Calcutta medical institutions reports 1879-81 [i.e.91]
Year: 1879
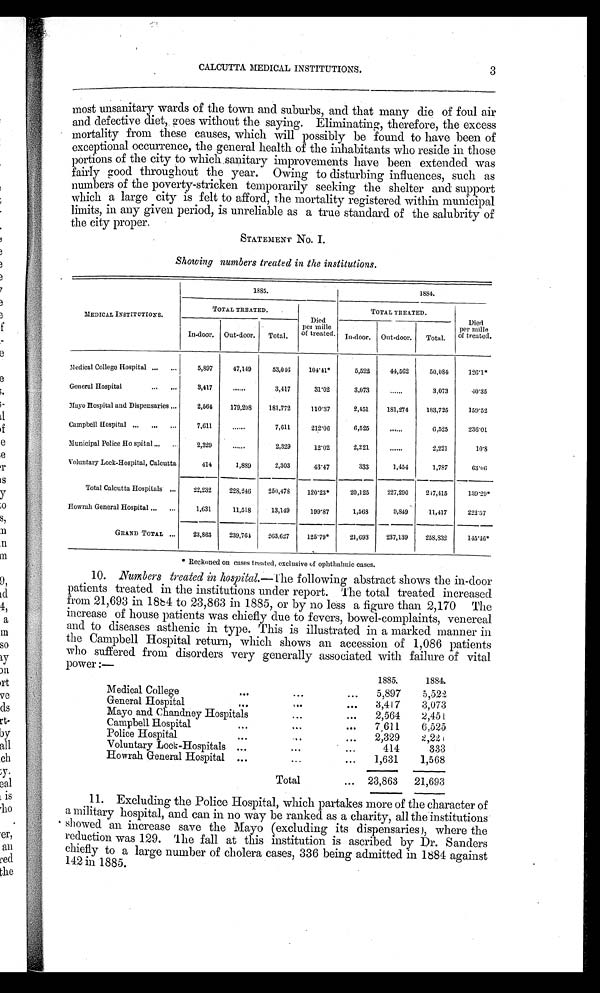
3
CALCUTTA MEDICAL INSTITUTIONS.
most unsanitary wards of the town and suburbs, and that many die of foul air
and defective diet, goes without the saying, Eliminating, therefore, the excess
mortality from these causes, which will possibly be found to have been of
exceptional occurrence, the general health of the inhabitants who reside in those
portions of the city to which sanitary improvements have been extended was
fairly good throughout the year. Owing to disturbing influences, such as
numbers of the poverty-stricken temporarily seeking the shelter and support
which a large city is felt to afford, the mortality registered within municipal
limits, in any given period, is unreliable as a true standard of the salubrity of
the city proper.
STATEMENT No. I.
Showing numbers treated in the institutions.
MEDICAL INSTITUTIONS.
1885.
1884.
TOTAL TREATED.
Died
per mille
of treated.
TOTAL TREATED.
Died
per mille
of treated.
In-door. Out-door.
Total.
In-door.
Out-door.
Total,
Medical College Hospital ...
. . .
5,897
47,149
53,046
104.41*
5,522
44,562
50,085
126.1*
General Hospital
...
...
3,417
......
3,417
31.02
3,073
......
3,073
40.35
Mayo Hospital and Dispensaries ...
2,560
179,208
181,772
110.37
2,451
181,274
183,725
159.52
Campbell Hospital ... ...
. . .
7,611
......
7,611
212.06
6,525
...
6,525
231.01
Municipal Police Hospital ...
2,329
......
2,329
12.02
2,221
......
2,221
10.8
Voluntary Lock-Hospital, Calcutta
414
1,889
2,303
43.47
333
1,454
1,787
63.06
Total Calcutta Hospitals
. . .
22,232
228,246
250,478
120.23*
20,125
227,290
247,415
139.29*
Hoawrah General Hospital ...
...
1,631
11,518
13,149
199.87
1,568
9,849
11,417
222.57
GRAND TOTAL ...
23,863
239,764
263,627
125.79*
21,693
237,139
258,832
145.46*
* Reckoned on cases treated, exclusive of ophthalmic cases.
10.
Numbers treated in hospital. —The following abstract shows the in-door
patients treated in the institutions under report. The total treated increased
from 21,693 in 1884 to 23,863 in 1885, or by no less a figure than 2,170. The
increase of house patients was chiefly due to fevers, bowel-complaints, venereal
and to diseases asthenic in type. This is illustrated in a marked manner in
the Campbell Hospital return, which shows an accession of 1,086 patients
who suffered from disorders very generally associated with failure of vital
power:—
1885.
1884.
Medical College
...
•••
. . .
5,897
5,522
General Hospital
...
...
...
3,417
3,073
Mayo and Chandney Hospitals
...
...
2,564
2,451
Campbell Hospital
...
...
. . .
7 , 611
6,525
Police Hospital
...
...
. . .
2,329
2,221
Voluntary Lock-Hospitals ,..
...
. . .
414
333
Howrah General Hospital ...
...
...
1,631
1,568
Total
...
23,863
21,693
11. Excluding the Police Hospital, which partakes more of the character of
a military hospital, and can in no way be ranked as a charity, all the institutions
showed an increase save the Mayo (excluding its dispensaries), where the
reduction was 129. The fall at this institution is ascribed by Dr. Sanders
chiefly to a large number of cholera cases, 336 being admitted in 1884 against
142 in 1885.